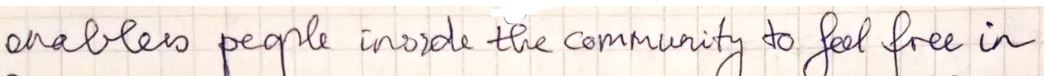
enables people inside the community to feel free in